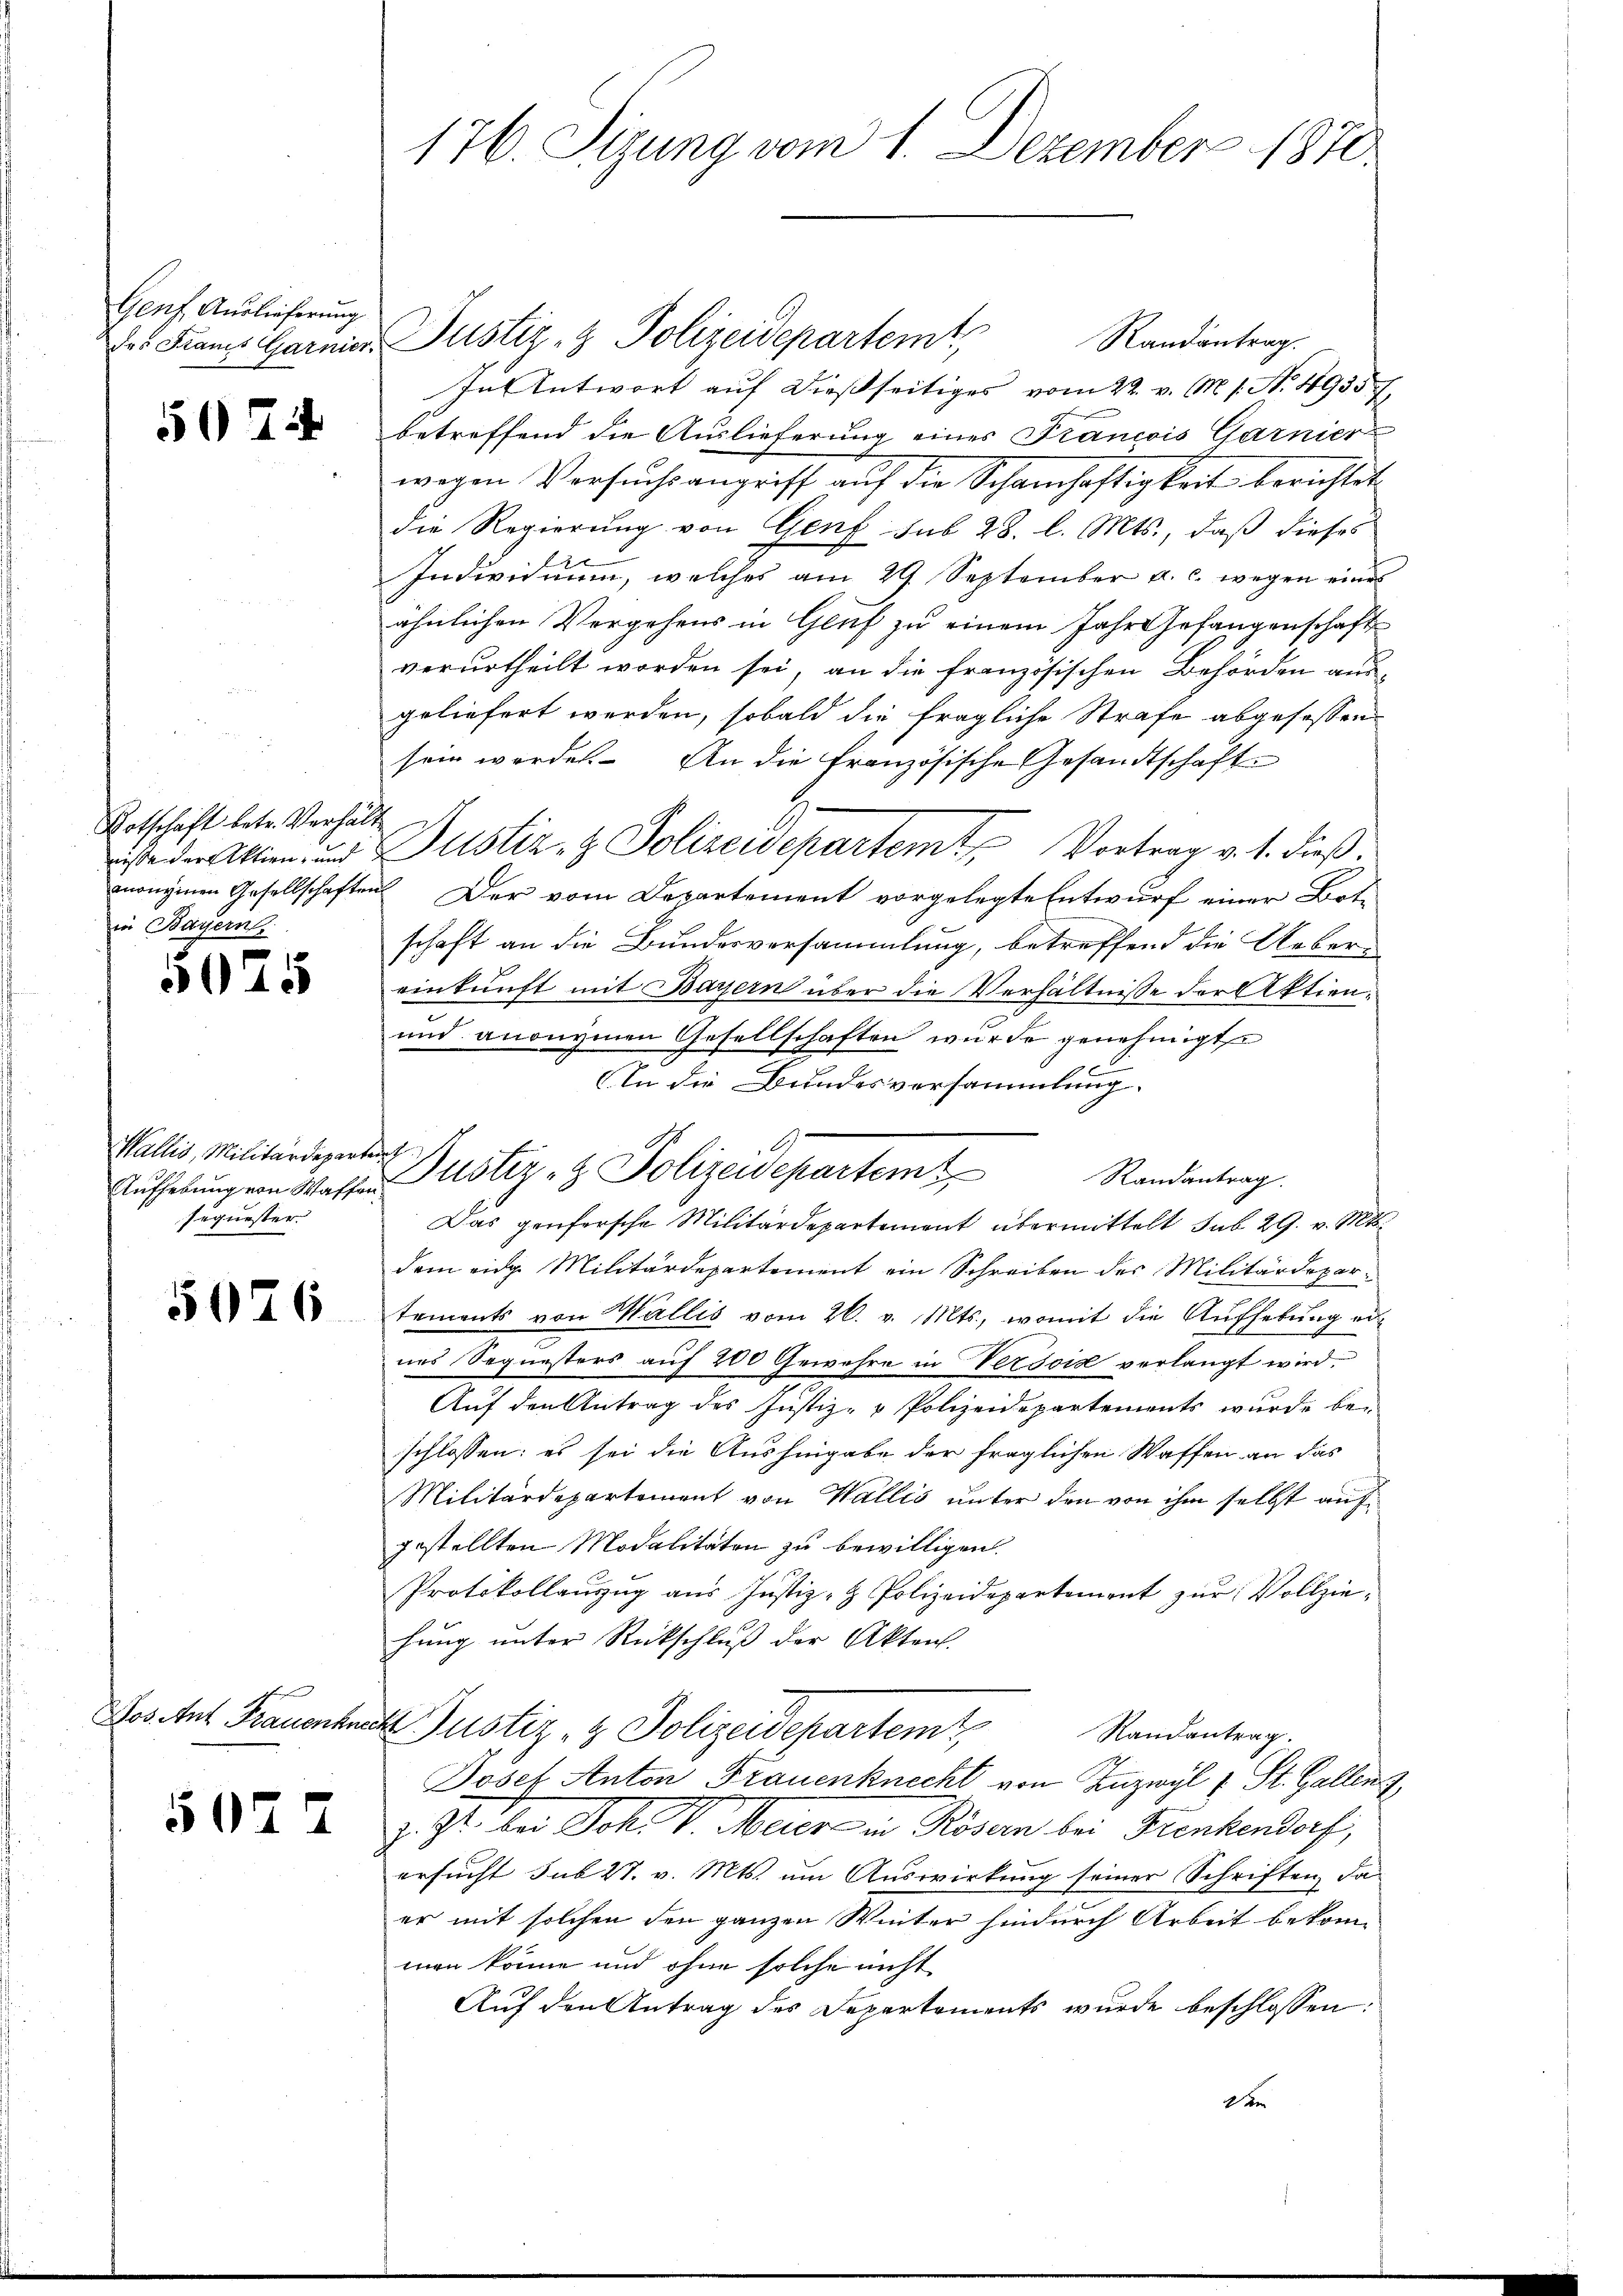
Genf Auslieferung

504

Rotschaft betr. Verhäl
in Bayern,

5025

Wallis, Militärdepartent
sequester.

5076

Dos Ant. Frauenhe

5024

176. Sizung vom 1. Dezember 1870.

Randantrag.
In Antwort auf dießseitiges vom 22. v. M. s. N. 1935,
betreffend die Auslieferung eines Francois Garnierwegen Versuchsangriff aŭf die Schamhaftigkeit berichtet,
die Regierung von Genf sub 28. l. Mts., daß dieses
Individuum, welches am 29. September a. c. wegen eine
ähnlichen Vergehens in Gluß zu einem Jahr Gefangenschaft
verurtheilt worden sei, an die französischen Behörden ausgeliefert werden, sobald die fragliche Strafe abgesessen.
sein worden. An die Französische Gesandtschaft
h
seder Aktien, und Justiz- & Polizeidepartemt Vortrag v. 1. dieß.
moniinen Gesellschaften Der vom Departement vorgelegte Entwurf einer Botschaft an die Bundesversammlung, betreffend die Uebereinkunft mit Bayern über die Verhältnisse der Aktien¬
und anonymen Gesellschaften wurde genehmigt
1
In die Bundesversammlung.
G
Randantrag.
Das geüfersche Militärdepartement übermittelt sub 29. v. Mts.
dem eidg. Militärdepartement ein Schreiben des Militärdepartements von Wallis vom 26. v. Mts., womit die Aufhebung ernes Sognesters auf 200 Gewohre in Versoid verlangt wird.
Auf den Antrag des Justiz- & Polizeidepartements wurde be-
schlossen: es sei die Aushingabe der fraglichen Waffen an das
Militärdepartement von Wallis unter den von ihm selbst auf
gestellten Modalitäten zu bewilligen.
Protokollauszug aus Justiz- & Polizeidepartement zur Vollziehung unter Rückschluß der Akten.
dh Justiz- & Polizeidepartem
Randantrag.
Josef Anton Frauenknecht von Inzwyl 1 St. Gallenz,
z. Zt. der Joh. v. Meier in Rösen bei Frenkendorf,
ersucht sub 27. v. Mts. um Auswirkung seiner Schriften, da
er mit solchen den ganzen Winter hindurch Arbeit bekomman könne und ohne solche nicht
Auf den Antrag des Departements wurde beschlossen:
2 de

Aŭfhebung von Waffen Justiz- & Polizeidepartem

Das Franz Garnier Justiz- & Polizeidepartemt